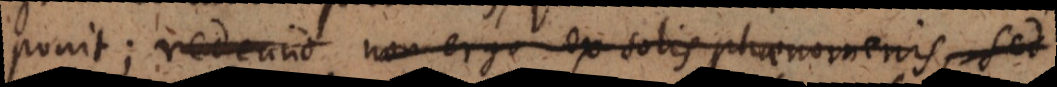
ponit; redeund non ergo ex solis phaenomenis, sed